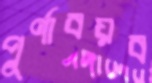
পূর্ণাবয়ব